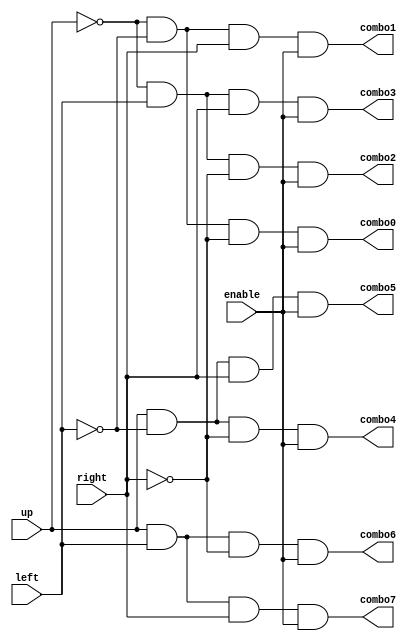
`timescale 1ns / 1ps

module decoder(
    input up,
    input left,
    input right,
    input enable,
    output combo0,
    output combo1,
    output combo2,
    output combo3,
    output combo4,
    output combo5,
    output combo6,
    output combo7
    );
    
    
    // structural
    wire upnot;
    wire leftnot;
    wire rightnot;
    not n0(upnot, up);
    not n1(leftnot, left);
    not n2(rightnot, right);
    and a0(combo0, upnot, leftnot, rightnot, enable);
    and a1(combo1, upnot, leftnot, right, enable);
    and a2(combo2, upnot, left, rightnot, enable);
    and a3(combo3, upnot, left, right, enable);
    and a4(combo4, up, leftnot, rightnot, enable);
    and a5(combo5, up, leftnot, right, enable);
    and a6(combo6, up, left, rightnot, enable);
    and a7(combo7, up, left, right, enable);
    
    // dataflow
//    assign combo0 = ~up & ~left & ~right & enable;
//    assign combo1 = ~up & ~left & right & enable;
//    assign combo2 = ~up & left & ~right & enable;
//    assign combo3 = ~up & left & right & enable;
//    assign combo4 = up & ~left & ~right & enable;
//    assign combo5 = up & ~left & right & enable;
//    assign combo6 = up & left & ~right & enable;
//    assign combo7 = up & left & right & enable;
    
    // behavioral
//    reg combo0_buf = 0;
//    assign combo0 = combo0_buf;
//    reg combo1_buf = 0;
//    assign combo1 = combo1_buf;
//    reg combo2_buf = 0;
//    assign combo2 = combo2_buf;
//    reg combo3_buf = 0;
//    assign combo3 = combo3_buf;
//    reg combo4_buf = 0;
//    assign combo4 = combo4_buf;
//    reg combo5_buf = 0;
//    assign combo5 = combo5_buf;    
//    reg combo6_buf = 0;
//    assign combo6 = combo6_buf;    
//    reg combo7_buf = 0;
//    assign combo7 = combo7_buf;                             
//    always @(*)             
//    begin
//        combo0_buf = 0; 
//        combo1_buf = 0; 
//        combo2_buf = 0; 
//        combo3_buf = 0; 
//        combo4_buf = 0; 
//        combo5_buf = 0;
//        combo6_buf = 0;
//        combo7_buf = 0;
//        case({up, left, right, enable})                   
//        4'b0000: combo0_buf = 0;
//        4'b0001: combo0_buf = 1;    
//        4'b0010: combo1_buf = 0;
//        4'b0011: combo1_buf = 1;
//        4'b0100: combo2_buf = 0;
//        4'b0101: combo2_buf = 1;
//        4'b0110: combo3_buf = 0;
//        4'b0111: combo3_buf = 1;
//        4'b1000: combo4_buf = 0;
//        4'b1001: combo4_buf = 1;
//        4'b1010: combo5_buf = 0;
//        4'b1011: combo5_buf = 1;
//        4'b1100: combo6_buf = 0;
//        4'b1101: combo6_buf = 1;
//        4'b1110: combo7_buf = 0;
//        4'b1111: combo7_buf = 1;
//        default: combo0_buf = 0; 
//        endcase
//    end 
    
    
endmodule